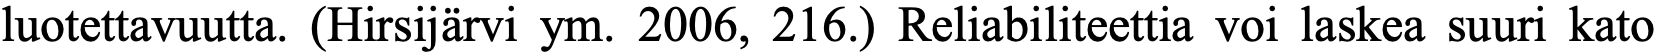
luotettavuutta. (Hirsijärvi ym. 2006, 216.) Reliabiliteettia voi laskea suuri kato